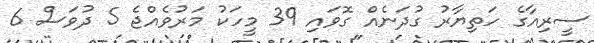
ސީރިއާގެ ހަތިޔާރު ގުދަނެއް ގޮވައި 39 މީހަކު މަރުވެއްޖެ 5 ދުވަސް 6